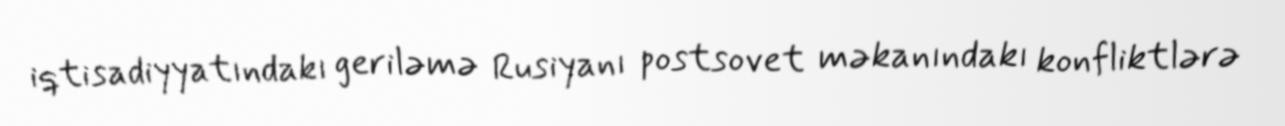
iqtisadiyyatındakı geriləmə Rusiyanı postsovet məkanındakı konfliktlərə